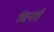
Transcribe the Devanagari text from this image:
चिनाईं